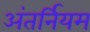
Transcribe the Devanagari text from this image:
अंतर्नियम